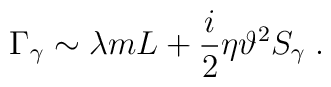
\Gamma _{\gamma }\sim \lambda mL+\frac{i}{2}\eta \vartheta ^{2}S_{\gamma }\;.